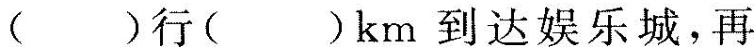
( )行( )km到达娱乐城，再